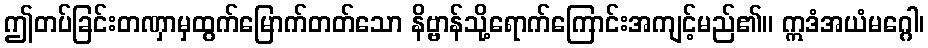
ဤတပ်ခြင်းတဏှာမှထွက်မြောက်တတ်သော နိဗ္ဗာန်သို့ရောက်ကြောင်းအကျင့်မည်၏။ ဣဒံအယံမဂ္ဂေါ၊